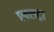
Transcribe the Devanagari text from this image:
एक्‍सट्रा